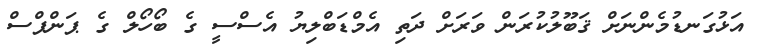
އަޅުގަނޑުމެންނަށް ޤަބޫލުކުރަން ވަަރަށް ދަތި އެމްޑަބްލިޔު އެސްސީ ގެ ބޯހޯލް ގެ ޕަންޕްސް